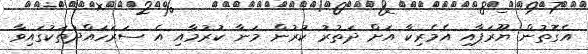
އެގޮތުން ޔޫރަޕާއި އެމެރިކާ އަށް ދަތުރު ކުރުން މަނާ ކުރުމާއި އެ ސަރަހައްދުތަކުގައިވާ